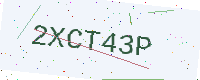
Text: 2XCT43P